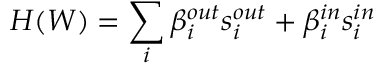
H ( W ) = \sum _ { i } \beta _ { i } ^ { o u t } s _ { i } ^ { o u t } + \beta _ { i } ^ { i n } s _ { i } ^ { i n }